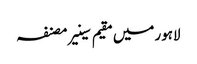
لاہور میں مقیم سینیر مصنفہ